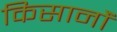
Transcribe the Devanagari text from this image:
किसानोंं